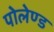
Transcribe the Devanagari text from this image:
पोलेण्ड